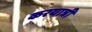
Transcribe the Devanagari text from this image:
करयात्री